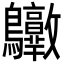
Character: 𪈶